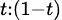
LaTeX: \scriptstyle t:(1-t)